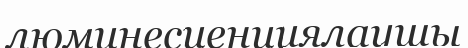
люминесценциялаушы